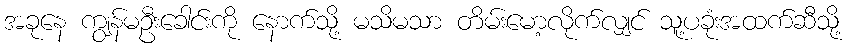
အခုနေ ကျွန်မဦးခေါင်းကို နောက်သို့ မသိမသာ တိမ်းမော့လိုက်လျှင် သူ့ပခုံးအထက်ဆီသို့